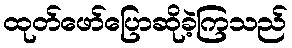
ထုတ်ဖော်ပြောဆိုခဲ့ကြသည်